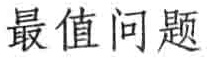
最值问题